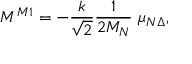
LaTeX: M ^ { M 1 } = - \frac k { \sqrt { 2 } } \frac { 1 } { 2 M _ { N } } \ \mu _ { N \Delta } ,